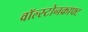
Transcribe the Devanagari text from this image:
वॉल्स्टोनक्राफ्ट